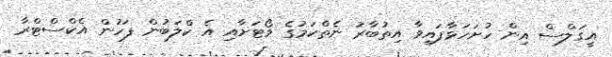
އީގަލްސް އިން ހުށަހަޅާފައިވާ އިތުބާރު ނެތްކަމުގެ ވޯޓަށާއި އެ ކްލަބުން ފަހުން އެކްސްޓްރާ